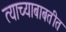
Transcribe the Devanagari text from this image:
त्याच्याबाबतीत